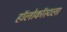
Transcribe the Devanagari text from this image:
हॉलोकॉस्टला